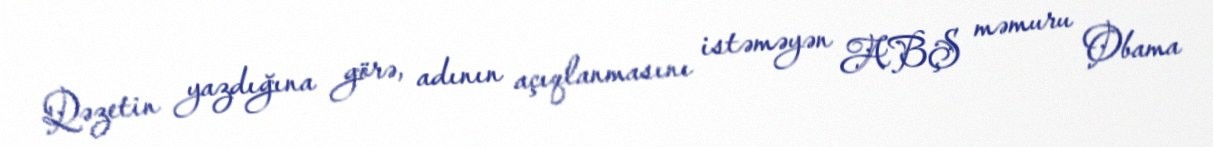
Qəzetin yazdığına görə, adının açıqlanmasını istəməyən ABŞ məmuru Obama